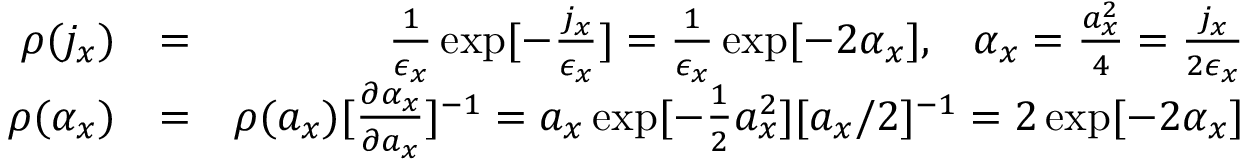
\begin{array} { r l r } { \rho ( j _ { x } ) } & { = } & { \frac { 1 } { \epsilon _ { x } } \exp [ - \frac { j _ { x } } { \epsilon _ { x } } ] = \frac { 1 } { \epsilon _ { x } } \exp [ - 2 \alpha _ { x } ] , \; \; \; \alpha _ { x } = \frac { a _ { x } ^ { 2 } } { 4 } = \frac { j _ { x } } { 2 \epsilon _ { x } } } \\ { \rho ( \alpha _ { x } ) } & { = } & { \rho ( a _ { x } ) [ \frac { \partial \alpha _ { x } } { \partial a _ { x } } ] ^ { - 1 } = a _ { x } \exp [ - \frac { 1 } { 2 } a _ { x } ^ { 2 } ] [ a _ { x } / 2 ] ^ { - 1 } = 2 \exp [ - 2 \alpha _ { x } ] } \end{array}